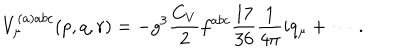
V _ { \mu } ^ { ( a ) a b c } ( p , q , r ) = - g ^ { 3 } \frac { C _ { V } } 2 f ^ { a b c } \frac { 1 7 } { 3 6 } \frac 1 { 4 \pi } i q _ { \mu } + \cdots \, .